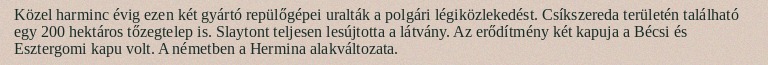
Közel harminc évig ezen két gyártó repülőgépei uralták a polgári légiközlekedést. Csíkszereda területén található egy 200 hektáros tőzegtelep is. Slaytont teljesen lesújtotta a látvány. Az erődítmény két kapuja a Bécsi és Esztergomi kapu volt. A németben a Hermina alakváltozata.